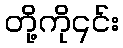
တို့ကို၎င်း